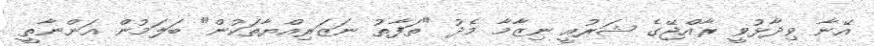
އޭނާ ވިދާޅުވީ ރާއްޖޭގެ ޝަރުއީ ނިޒާމާ މެދު "ތަފާތު ނަޒަރިއްޔާތަކުން" ބަލަމުން އަންނާތީ